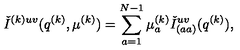
{ \check { I } } ^ { ( k ) u v } ( q ^ { ( k ) } , \mu ^ { ( k ) } ) = \sum _ { a = 1 } ^ { N - 1 } \mu _ { a } ^ { ( k ) } { \check { I } } _ { ( a a ) } ^ { u v } ( q ^ { ( k ) } ) ,